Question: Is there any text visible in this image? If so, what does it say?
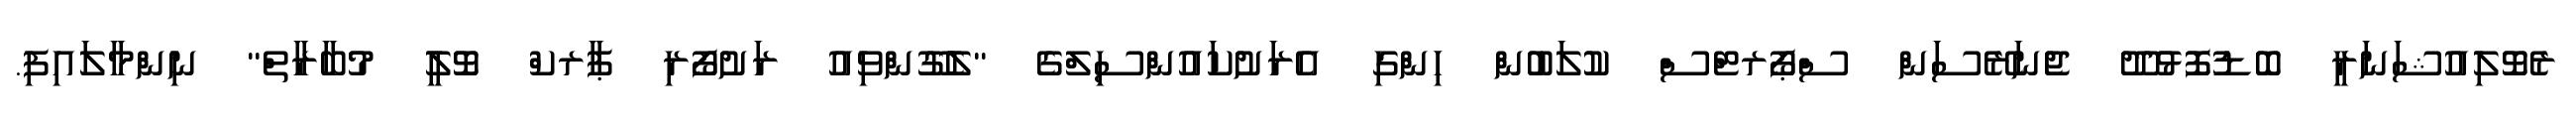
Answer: ރެވޮލިއުޝަނަރީ ބޮޑުފޮޅުދޫ ޖެނަރޭސަން ސްޕޯރޓްސް ކުލަބުން ހިންގި އެރަށުކައުންސިލްގެ "ލެގޫންވިއު ރަށުފޯރި ޕާރކް ވޮލީ މުބާރާތް" ނިންމާލައިފި.